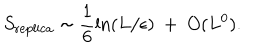
S _ { \mathrm { r e p l i c a } } \sim { \frac { 1 } { 6 } } \mathrm { l n } ( L / \epsilon ) ~ + ~ O ( L ^ { 0 } ) .